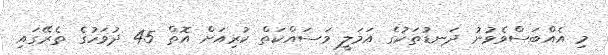
މި އެއްބަސްވެވުނު ދަނޑުތަކުގެ އަމަލީ މަސައްކަތް ކުރިއަށް އޮތް 45 ދުވަހުގެ ތެރޭގައި